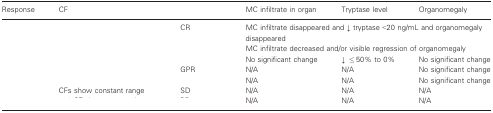
<table><thead><tr><td><b>Response</b></td><td><b>CF</b></td><td>[EMPTY_CELL]</td><td><b>MC infiltrate in organ</b></td><td><b>Tryptase level</b></td><td><b>Organomegaly</b></td></tr></thead><tbody><tr><td rowspan="3">[EMPTY_CELL]</td><td>[EMPTY_CELL]</td><td>CR</td><td colspan="3">MC infiltrate disappeared and ↓ tryptase &lt;20 ng/mL and organomegaly disappeared</td></tr><tr><td>[EMPTY_CELL]</td><td>[EMPTY_CELL]</td><td colspan="3">MC infiltrate decreased and/or visible regression of organomegaly</td></tr><tr><td>[EMPTY_CELL]</td><td>[EMPTY_CELL]</td><td>No significant change</td><td>↓ ≤50% to 0%</td><td>No significant change</td></tr><tr><td rowspan="2">[EMPTY_CELL]</td><td>[EMPTY_CELL]</td><td>GPR</td><td>N/A</td><td>N/A</td><td>No significant change</td></tr><tr><td>[EMPTY_CELL]</td><td>[EMPTY_CELL]</td><td>N/A</td><td>N/A</td><td>No significant change</td></tr><tr><td rowspan="2">[EMPTY_CELL]</td><td>CFs show constant range</td><td>SD</td><td>N/A</td><td>N/A</td><td>N/A</td></tr><tr><td>[EMPTY_CELL]</td><td>[EMPTY_CELL]</td><td>N/A</td><td>N/A</td><td>N/A</td></tr></tbody></table>